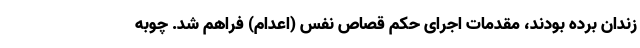
زندان برده بودند، مقدمات اجرای حکم قصاص نفس (اعدام) فراهم شد. چوبه